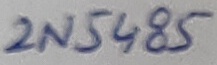
Text: 2N5485